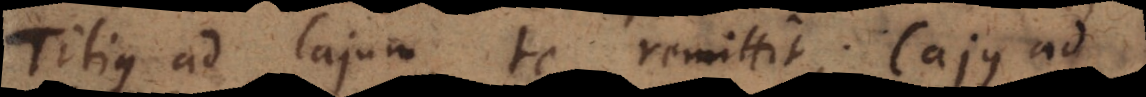
Titius ad Cajum te remittit; Cajus ad